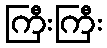
ကြီးကြီး